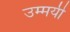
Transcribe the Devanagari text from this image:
उम्मयी